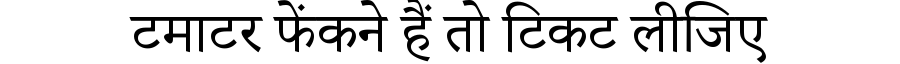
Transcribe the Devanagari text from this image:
टमाटर फेंकने हैं तो टिकट लीजिए